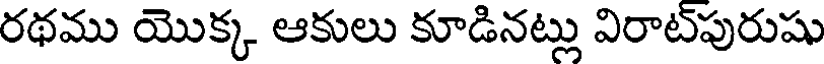
రథము యొక్క ఆకులు కూడినట్లు విరాట్పురుషు